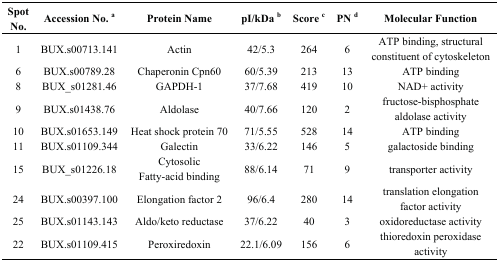
<table><thead><tr><td><b>Spot No.</b></td><td><b>Accession No. <sup>a</sup></b></td><td><b>Protein Name</b></td><td><b>pI/kDa <sup>b</sup></b></td><td><b>Score <sup>c</sup></b></td><td><b>PN <sup>d</sup></b></td><td><b>Molecular Function</b></td></tr></thead><tbody><tr><td>1</td><td>BUX.s00713.141</td><td>Actin</td><td>42/5.3</td><td>264</td><td>6</td><td>ATP binding, structural constituent of cytoskeleton</td></tr><tr><td>6</td><td>BUX.s00789.28</td><td>Chaperonin Cpn60</td><td>60/5.39</td><td>213</td><td>13</td><td>ATP binding</td></tr><tr><td>8</td><td>BUX_s01281.46</td><td>GAPDH-1</td><td>37/7.68</td><td>419</td><td>10</td><td>NAD+ activity</td></tr><tr><td>9</td><td>BUX.s01438.76</td><td>Aldolase</td><td>40/7.66</td><td>120</td><td>2</td><td>fructose-bisphosphate aldolase activity</td></tr><tr><td>10</td><td>BUX.s01653.149</td><td>Heat shock protein 70</td><td>71/5.55</td><td>528</td><td>14</td><td>ATP binding</td></tr><tr><td>11</td><td>BUX.s01109.344</td><td>Galectin</td><td>33/6.22</td><td>146</td><td>5</td><td>galactoside binding</td></tr><tr><td>15</td><td>BUX_s01226.18</td><td>Cytosolic Fatty-acid binding</td><td>88/6.14</td><td>71</td><td>9</td><td>transporter activity</td></tr><tr><td>24</td><td>BUX.s00397.100</td><td>Elongation factor 2</td><td>96/6.4</td><td>280</td><td>14</td><td>translation elongation factor activity</td></tr><tr><td>25</td><td>BUX.s01143.143</td><td>Aldo/keto reductase</td><td>37/6.22</td><td>40</td><td>3</td><td>oxidoreductase activity</td></tr><tr><td>22</td><td>BUX.s01109.415</td><td>Peroxiredoxin</td><td>22.1/6.09</td><td>156</td><td>6</td><td>thioredoxin peroxidase activity</td></tr></tbody></table>